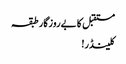
مستقبل کا بےروزگار طبقہ
کلینڈر!